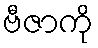
ဗီဇာကို